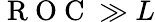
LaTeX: \mathrm{~R~O~C~}\gg L